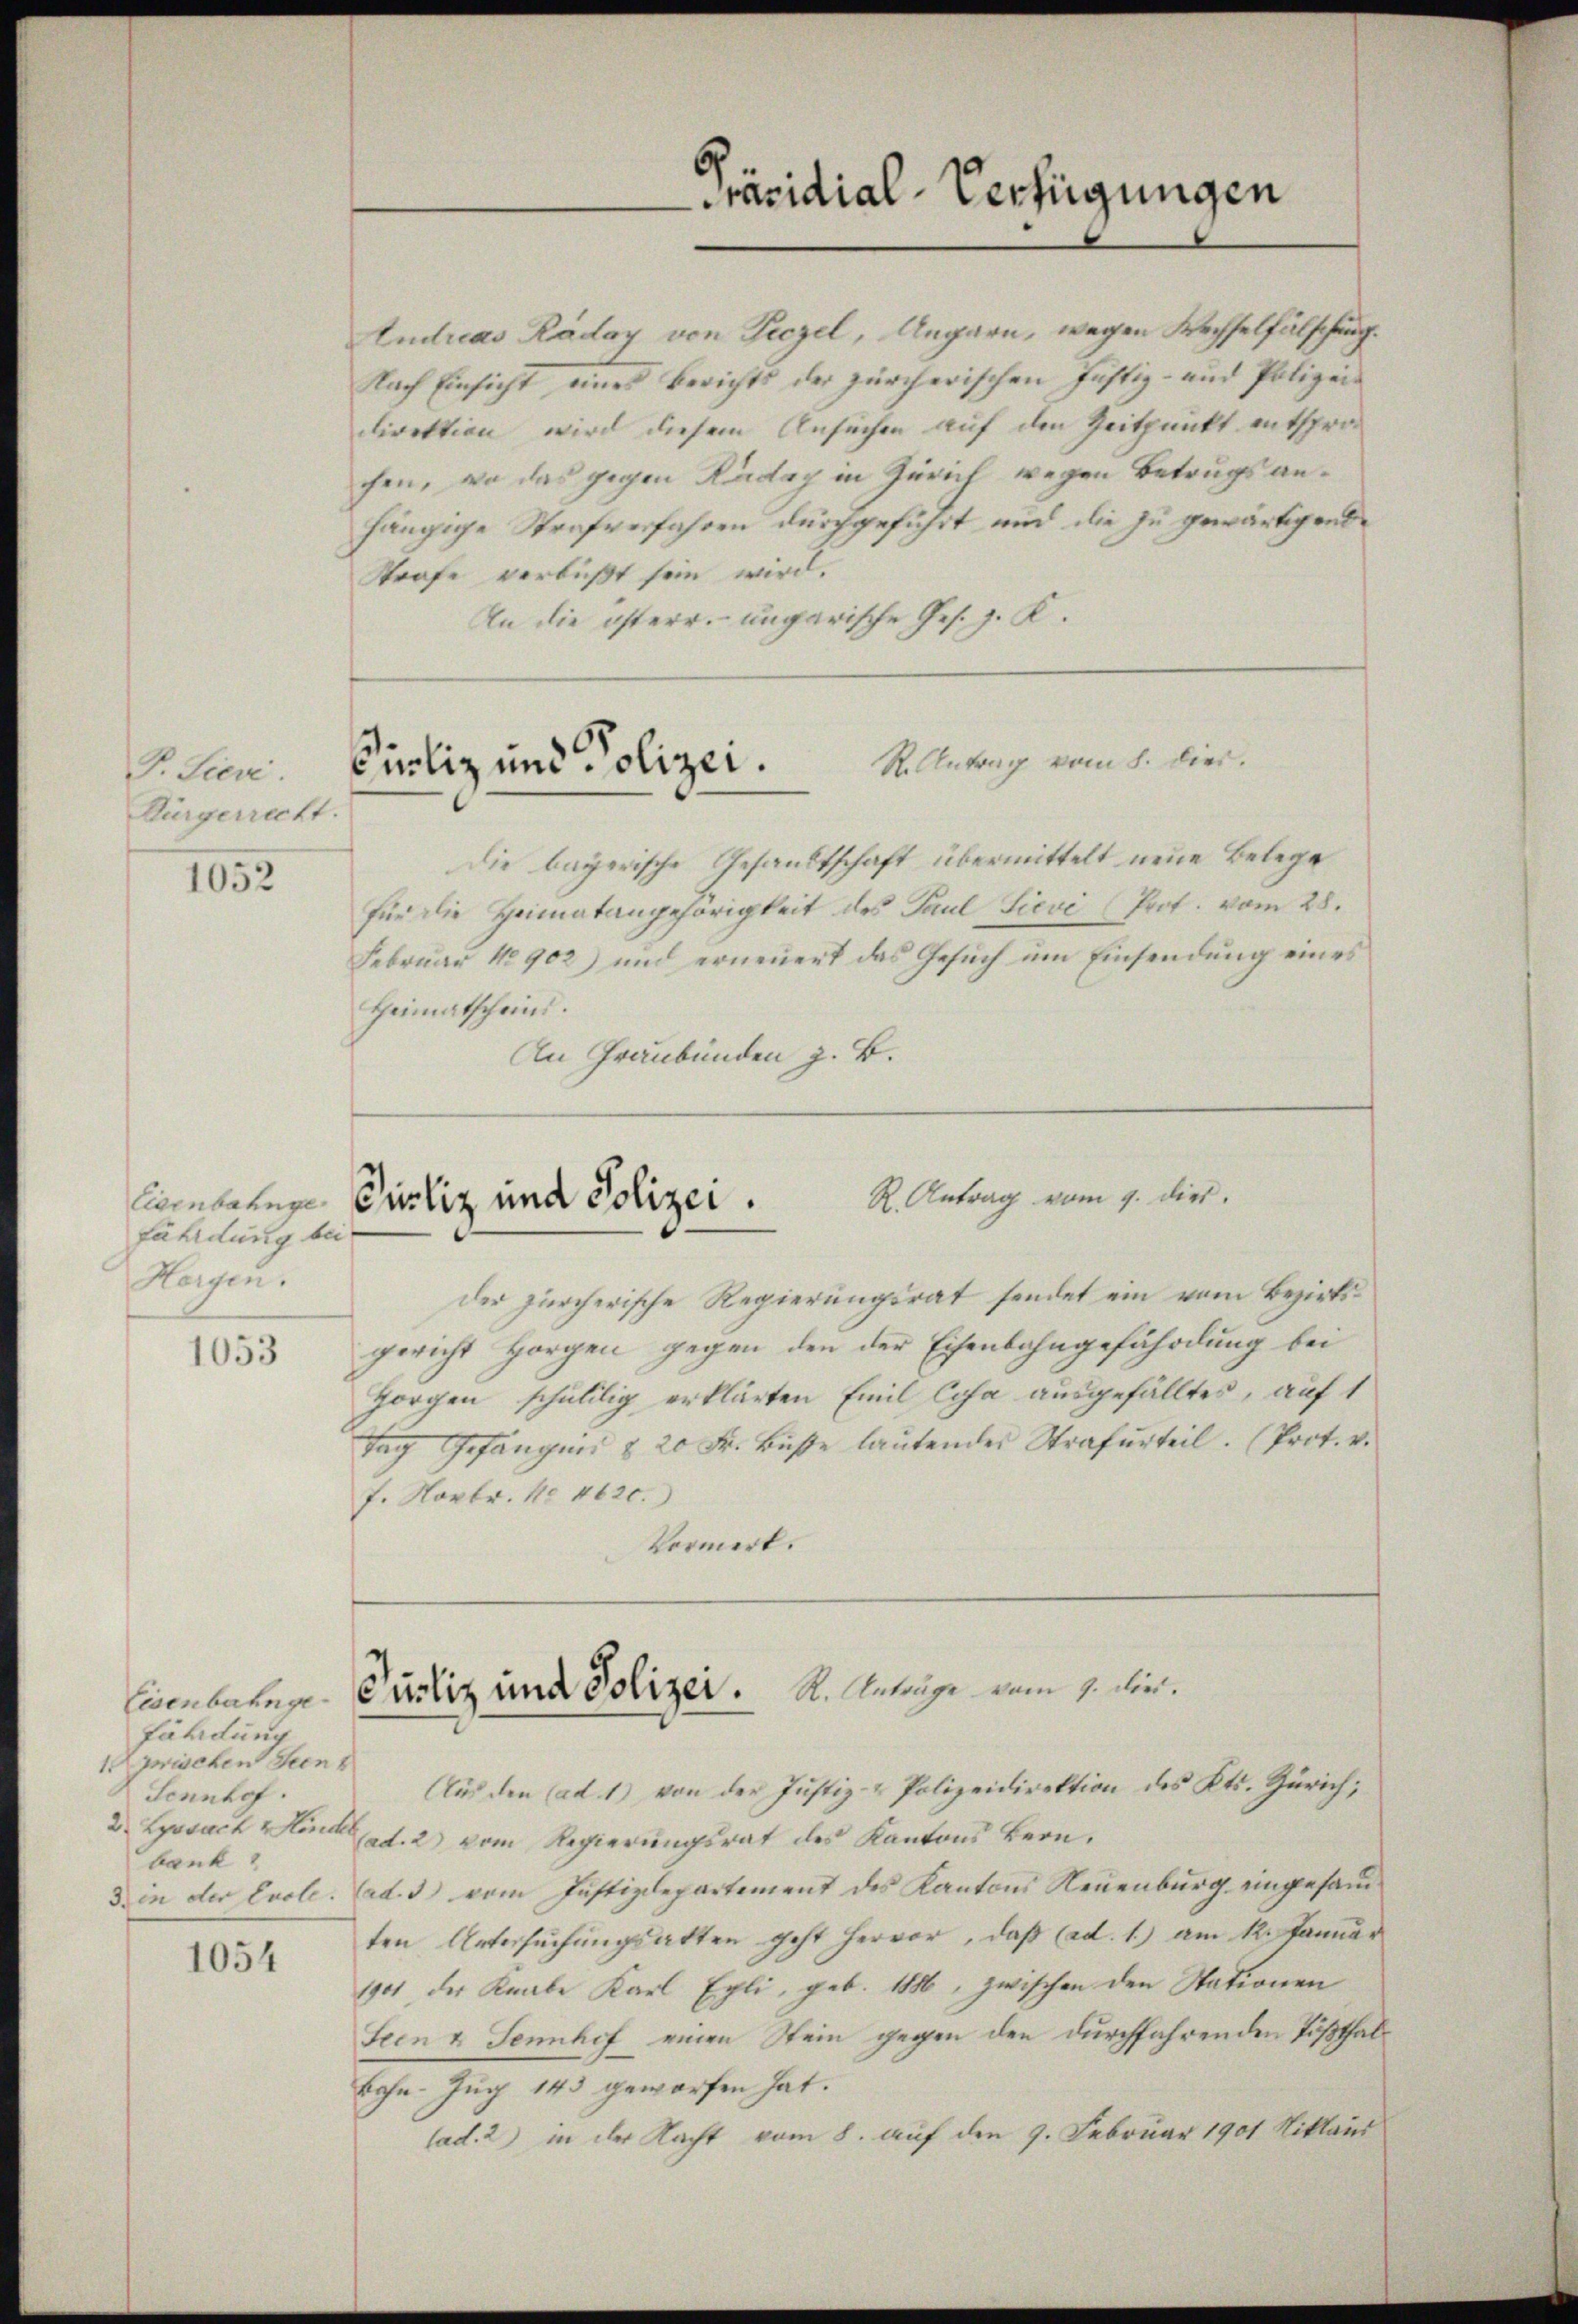
F. Sieve
Bürgerrecht.

1052

fährdung bei
Horgen.

1053

Eisenbahnge
färdung
1 zwischen Seen
Sennhof.
bank
3. in der Enole.

1054

Andreas Raday von Peezel, Angarn, wegen Wechselfälschung.
Nach Einsicht eines Berichts der zürcherischen Justiz- und Polizeidirektion wird diesem Ansuchen auf den Zeitpunkt entsprohen, wo das gegen Kaday in Zürich wegen Betrugs anhängige Strafverfahren durchgeführt und die zu gewärtigende
Strafe verbüßt sein wird.
An die österr. ungarische Ges. z. K.

Präsidial-Verfügungen

Curliz und Polizei. S. Antrag vom 1. Dier.

Cernbahnge Einliz und Polizei .                 K. Antrag vom 1. Die.

Justiz und Polizei. K. Anträge vom 1. Dir.

Die bayerische Gesandtschaft übermittelt neue Belege
für die Heimatangehörigkeit des Paul Sievi (Prot. vom 28.
Februar 1902) und erneuert das Gesŭch ŭm Einsendung eines
Heimatscheins.
An Graubünden z. B.

der zürcherische Regierungsrat sendet ein vom Bezirksgericht Horgen gegen den der Eisenbahngefährdung bei
Horgen schulilig erklärten Emil Cosa ausgefälltes, auf 1
Tag Gefangen & 20 Fr. Bŭβe laŭtendes Strafurteil. (Prot. v.
f. Novbr. No 4620.
Vormerk.

Aus den (ad 1) von der Justiz- & Polizeidirektion des Kts. Zürich;
2 Lyssach Hand ad. 2 vom Regierungsrat des Kantons Bern.
(ad. 3 vom Justizdepartement des Kantons Neuenburg eingesandten Untersuchungsatten geht hervor, daß (ad. 1.) am 12. Januar
1901 der Knabe Karl Egli, geb. 1886, zwischen den Stationen
Seen & Sennhof einen Stein gegen den durchfahrenden Tößthal¬
Bohn-Zug 143 geworfen hat.
lad. 2) in der Nacht vom 8. auf den 9. Februar 1901 Niklaus